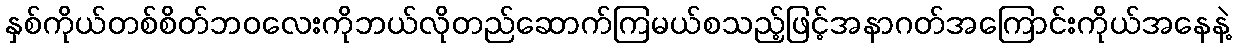
နှစ်ကိုယ်တစ်စိတ်ဘဝလေးကိုဘယ်လိုတည်ဆောက်ကြမယ်စသည့်ဖြင့်အနာဂတ်အကြောင်းကိုယ်အနေနဲ့